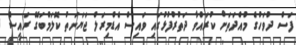
ފަސް ދުވަހުގެ މުއްދަތަށް ކުރައްވާ ދަތުރުފުޅުގައި ވައިސް އެޑްމިރަލް ޖަޔަނަތު ކޮލަމްބަގޭ ރައީސް